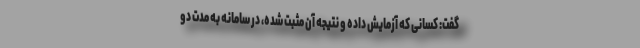
گفت: کسانی که آزمایش داده‌ و نتیجه آن مثبت شده، در سامانه به مدت دو